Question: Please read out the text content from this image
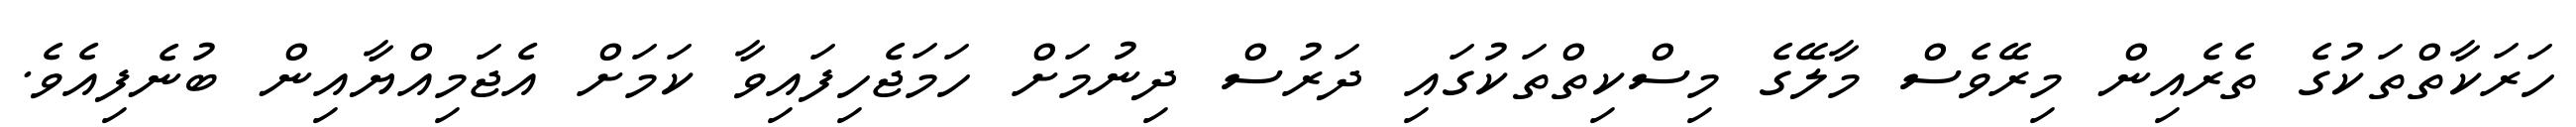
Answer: ހަރަކާތްތަކުގެ ތެރެއިން މިރޭވެސް މާލޭގެ މިސްކިތްތަކުގައި ދަރުސް ދިނުމަށް ހަމަޖެހިފައިވާ ކަމަށް އެޖަމިއްޔާއިން ބުނެފިއެވެ.